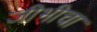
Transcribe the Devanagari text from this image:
जीभीचा